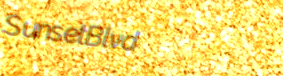
SunsetBlvd